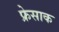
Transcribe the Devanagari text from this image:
फ्रेसाक